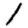
Digit: 1